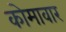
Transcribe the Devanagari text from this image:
कोमावार